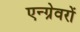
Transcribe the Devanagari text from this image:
एन्ग्रेवरों